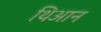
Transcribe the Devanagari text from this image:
थिआन